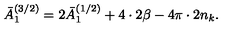
\bar { A } _ { 1 } ^ { ( 3 / 2 ) } = 2 \bar { A } _ { 1 } ^ { ( 1 / 2 ) } + 4 \cdot 2 \beta - 4 \pi \cdot 2 n _ { k } .